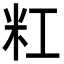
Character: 䉺